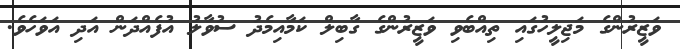
ވަޒީރުންގެ މަޖިލީހުގައި ތިއްބެވި ވަޒީރުންގެ ގާބިލް ކަމާއިމެދު ސުވާލު އުފެއްދަން އަދި އަވަހެވެ.